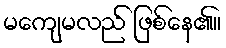
မကျေမလည် ဖြစ်နေ၏။